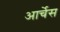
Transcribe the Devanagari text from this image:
आर्चेस